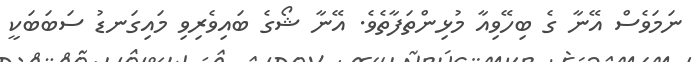
ނަމަވެސް އޭނާ ގެ ބިހޭވިއާ މުޅިންތަފާތެވެ. އޭނާ ޝޯގެ ބައިވެރިވި މައިގަނޑު ސަބަބަކީ